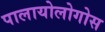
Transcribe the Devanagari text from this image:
पालायोलोगोस